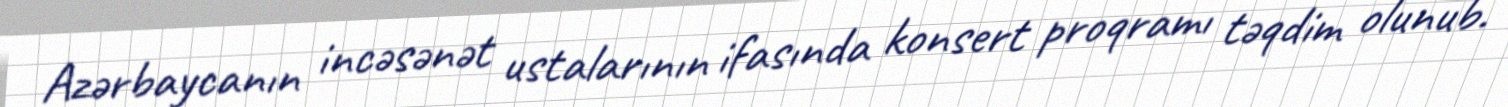
Azərbaycanın incəsənət ustalarının ifasında konsert proqramı təqdim olunub.